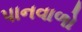
પાનવાળો